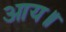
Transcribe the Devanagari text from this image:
आय॥